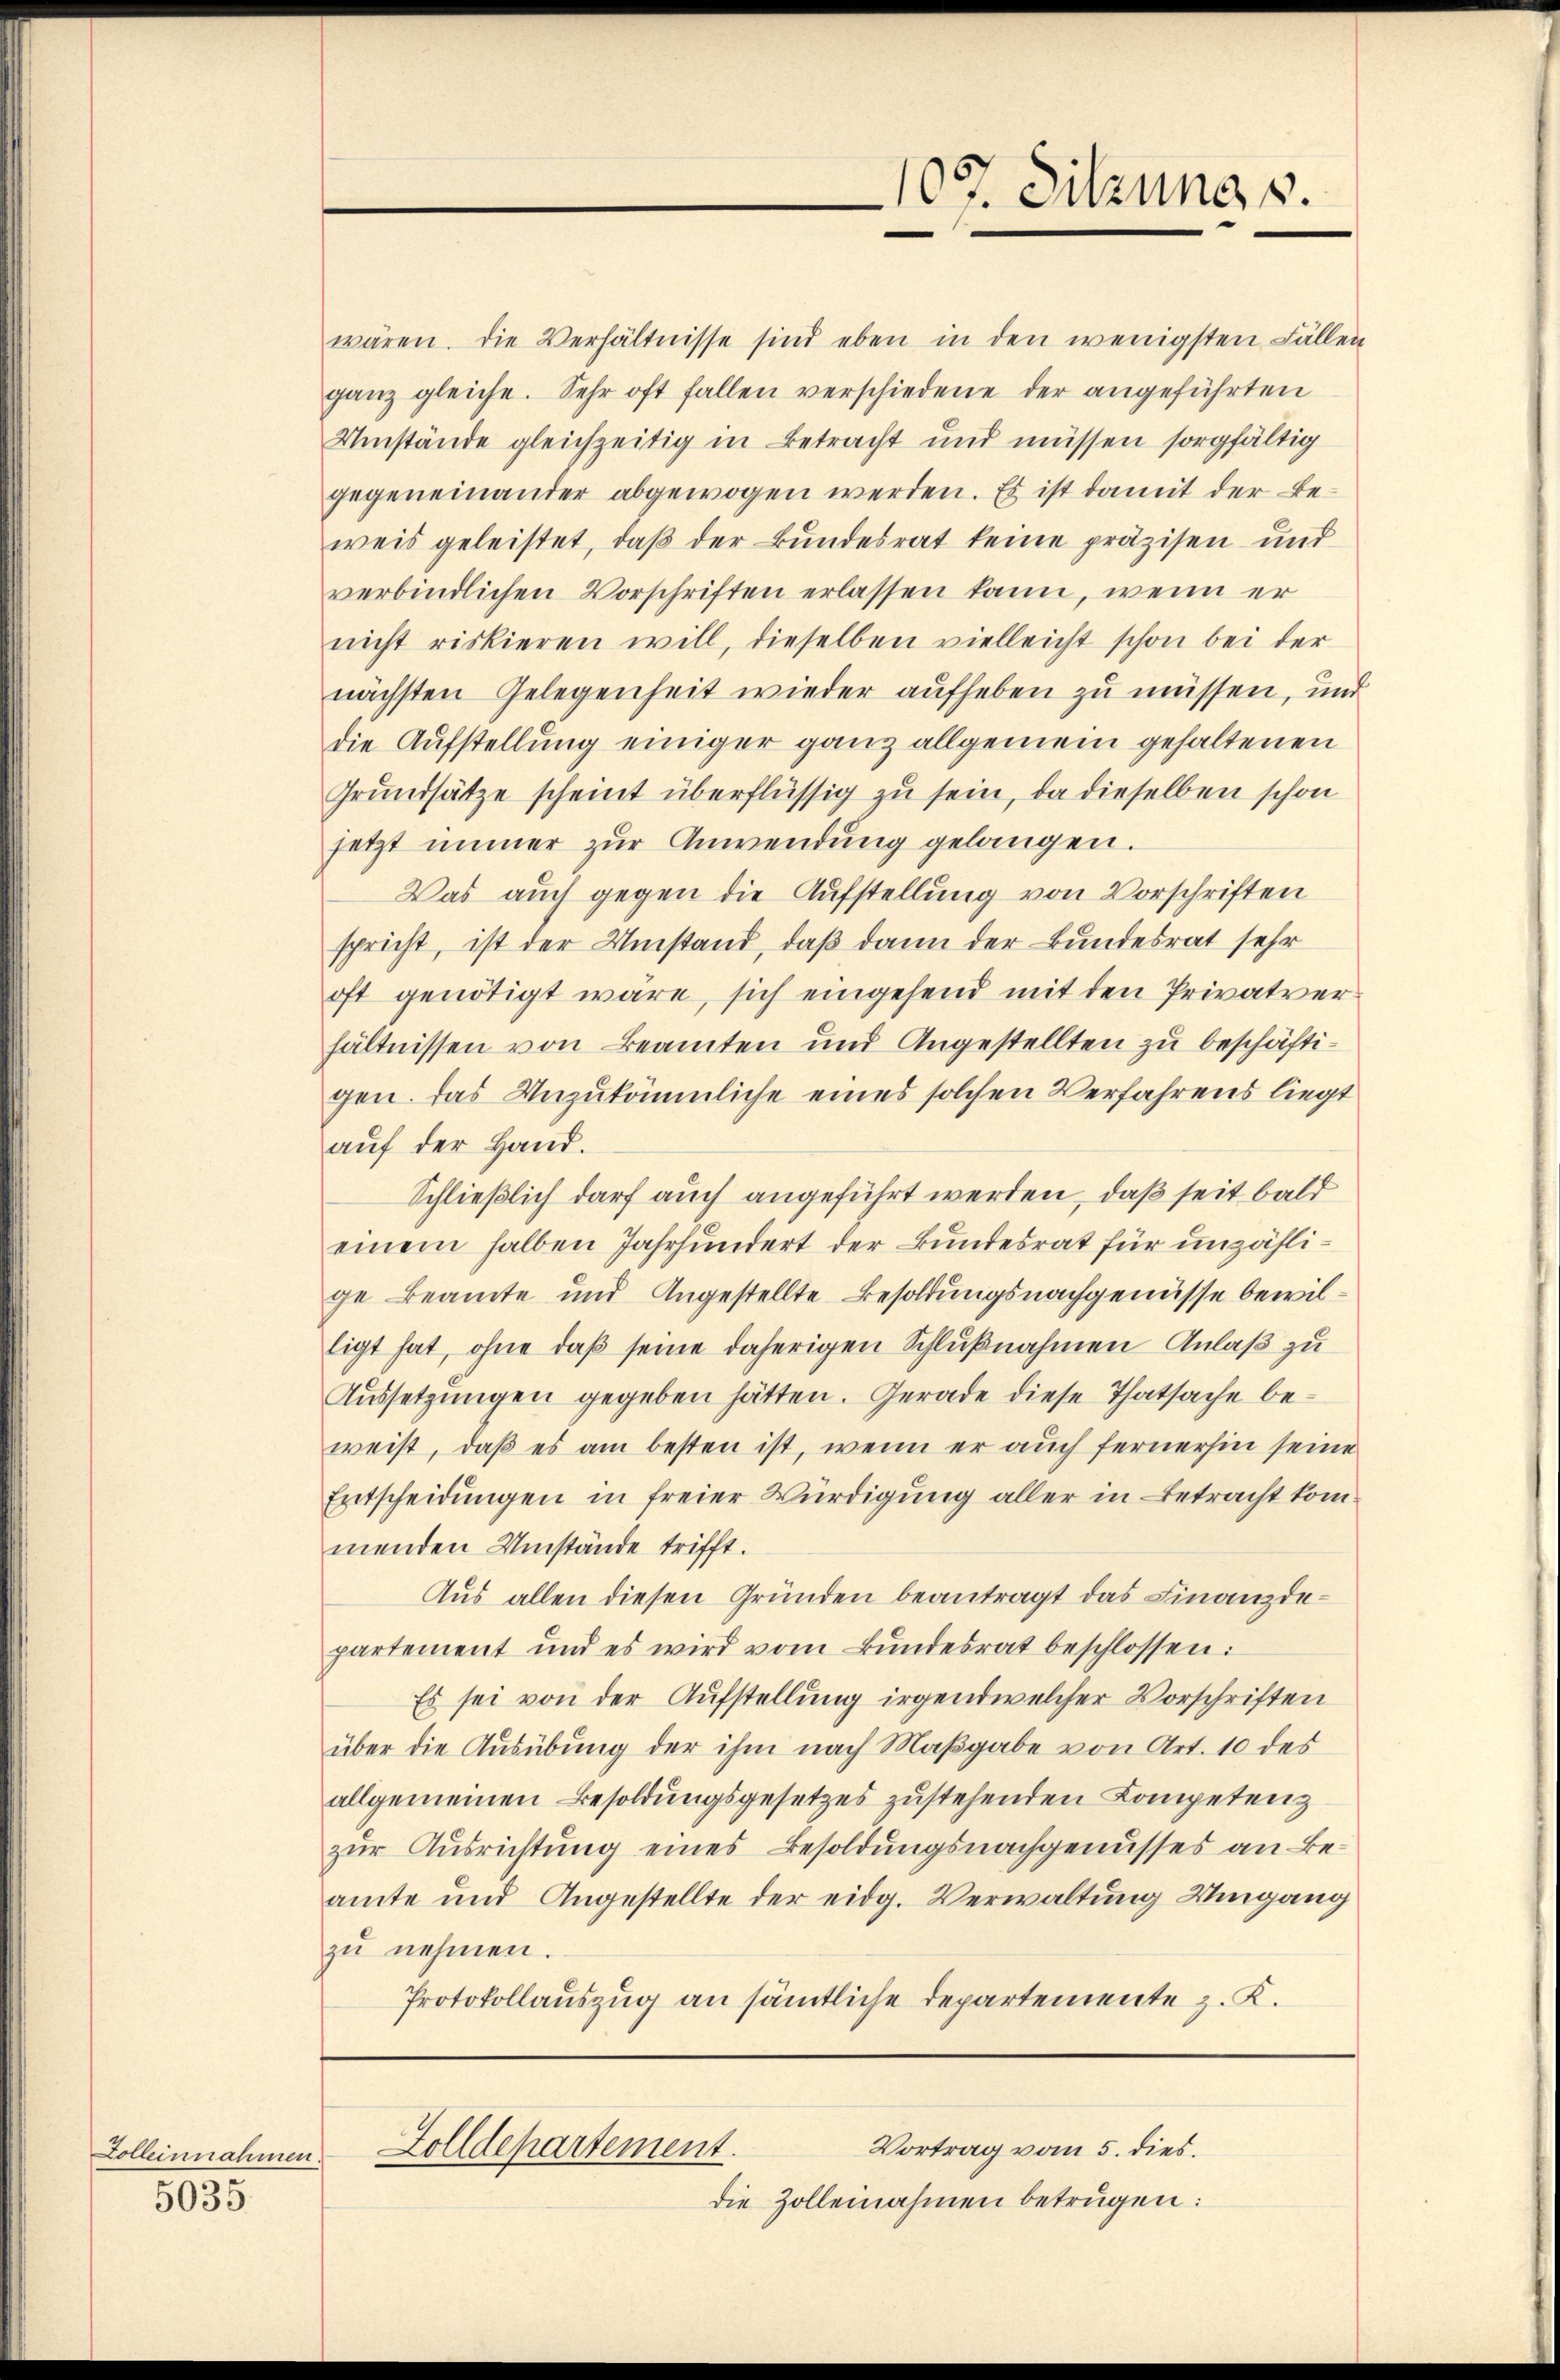
Zolleinnahmen.
5035.

wären. Die Verhältnisse sind eben in den wenigsten Fällen
ganz gleiche. Sehr oft fallen verschiedene der angeführten
Umstände gleichzeitig in Betracht und müssen sorgfältig
gegeneinander abgewogen werden. Es ist damit der Beweis geleistet, daß der Bundesrat keine präzisen und
verbindlichen Vorschriften erlassen kann, wenn er
nicht riskieren will, dieselben vielleicht schon bei der
nächsten Gelegenheit wieder aufheben zu müssen, und
die Aufstellung einiger ganz allgemein gehaltenen
Grŭndsätze scheint überflüssig zu sein, da dieselben schon
jetzt immer zŭr Anwendung gelangen.
Was auch gegen die Aufstellung von Vorschriften
spricht, ist der Umstand, daß dann der Bundesrat sehr
oft genötigt wäre, sich eingesend mit den Privatver
hältnissen von Beamten und Angestellten zu beschäftigen. Das Unzukömmliche eines solchen Verfahrens liegt
auf der Hand.
Schließlich darf auch angeführt werden, daß seit bald
einem halben Jahrhundert der Bundesrat für unzählige Beamte und Angestellte Besoldungsnachgenüsse bewilligt hat, ohne daß seine daherigen Schlußnahmen Anlaß zu
Aussetzungen gegeben hätten. Gerade diese Thatsache beweist, daß es am besten ist, wenn er auch fernerhin seine
Entscheidungen in freier Würdigung aller in Betracht kom
menden Umstände trifft.
Aus allen diesen Gründen beantragt das Finanzdepartement und es wird vom Bundesrat beschlossen:
Es sei von der Aufstellung irgendwelcher Vorschriften
über die Ausübung der ihm nach Maßgabe von Art. 10 des
allgemeinen Besoldungsgesetzes zustehenden Competenz
zur Ausrichtung eines Besoldungsnachgenusses an Beamte und Angestellte der eidg. Verwaltung Umgang
zŭ nehmen.
Protokollauszug an sämtliche Departemente z. K.

Vortrag vom 5. dies.
Zolldepartement.

die Zollennahmen betrügen:

107. Sitzung s.